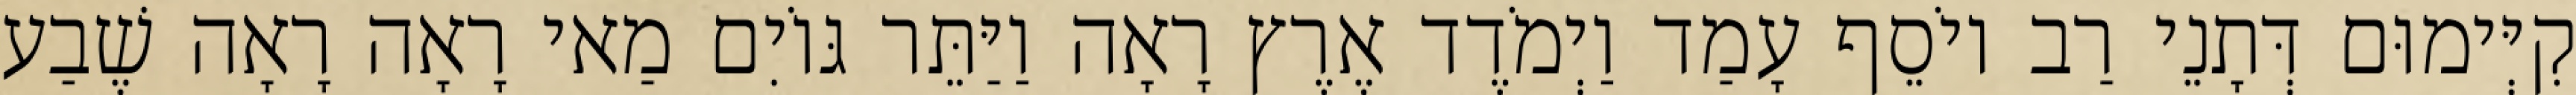
קִיְּימוּם דְּתָנֵי רַב יוֹסֵף עָמַד וַיְמֹדֶד אֶרֶץ רָאָה וַיַּתֵּר גּוֹיִם מַאי רָאָה רָאָה שֶׁבַע